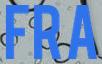
FRA